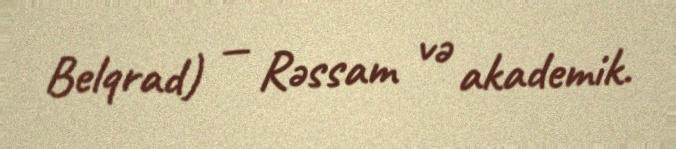
Belqrad) — Rəssam və akademik.